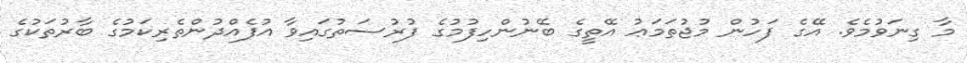
މާ ގިނަވުމެވެ. އޭގެ ފަހުން މުޖުތަމަޢު އޭތީގެ ބޭނުންހިފުމުގެ ފުރުސަތުގައިވާ އުފެއްދުންތެރިކަމުގެ ބާރުތަކުގެ